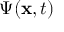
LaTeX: \Psi ( \mathbf { x } , t )